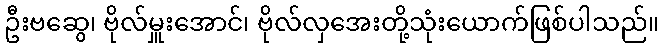
ဦးဗဆွေ၊ ဗိုလ်မှူးအောင်၊ ဗိုလ်လှအေးတို့သုံးယောက်ဖြစ်ပါသည်။